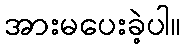
အားမပေးခဲ့ပါ။